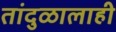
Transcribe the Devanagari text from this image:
तांदुळालाही